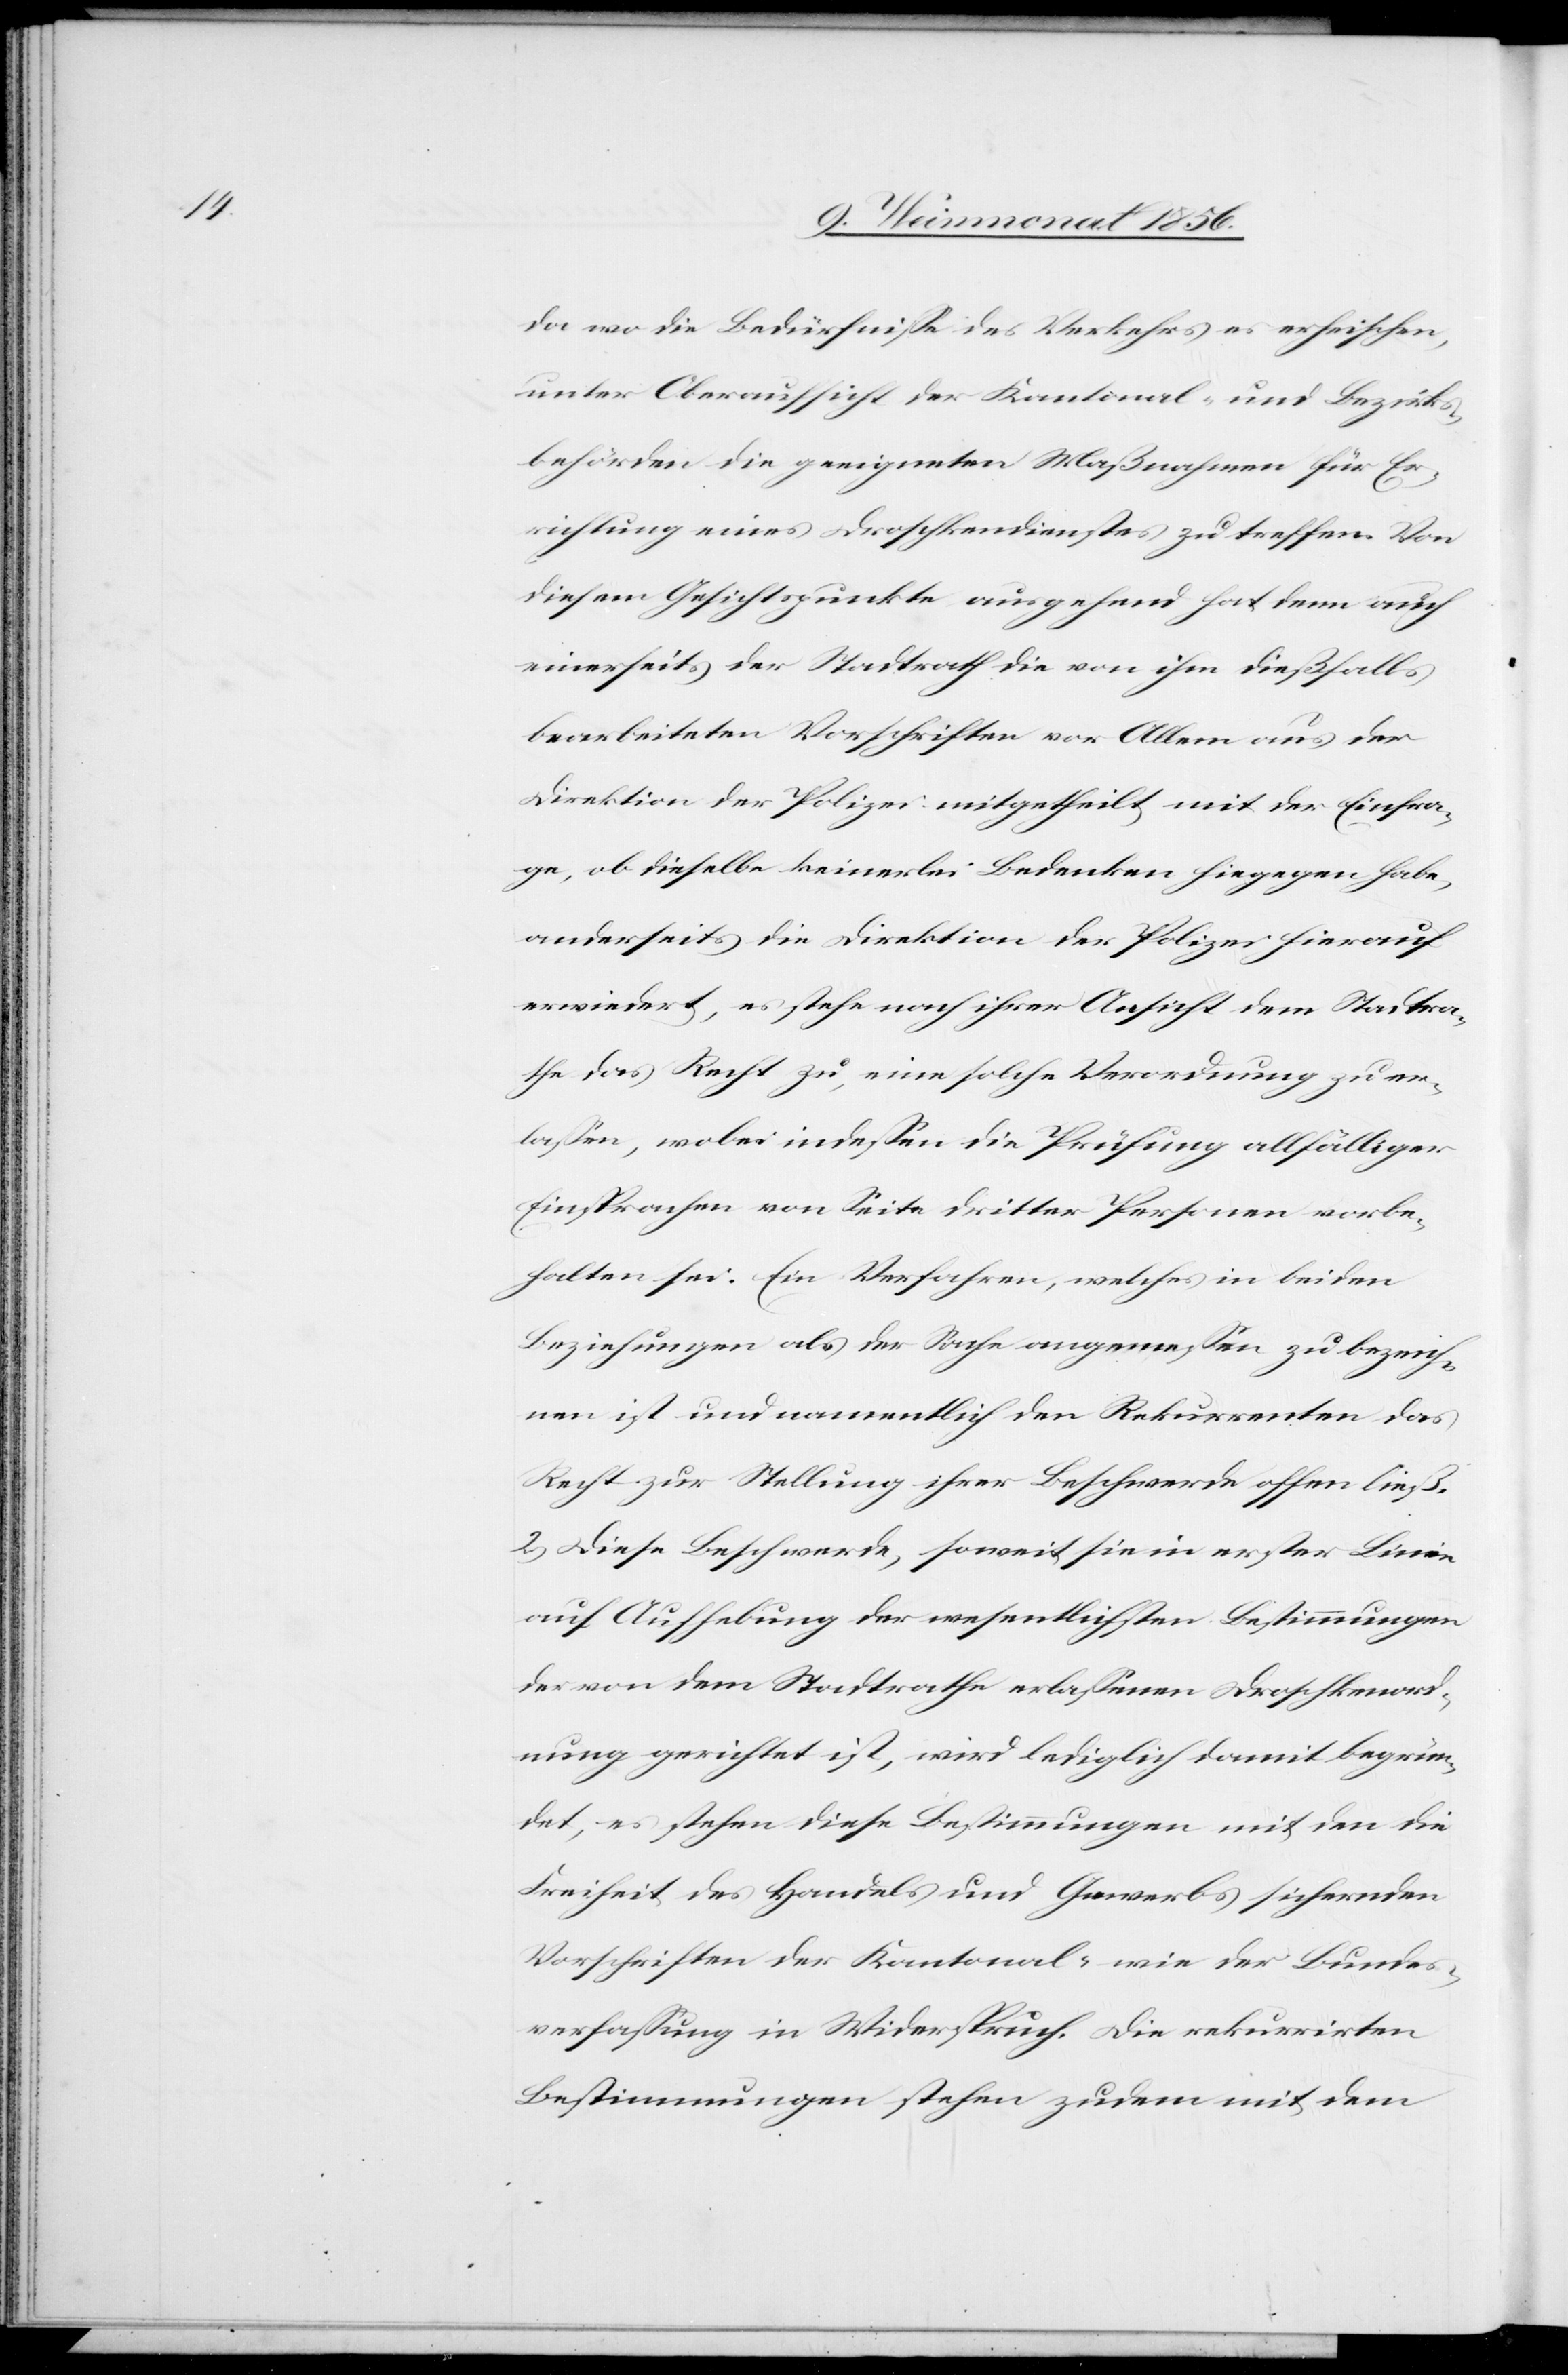
da wo die Bedürfnisse des Verkehrs es erheischen,
unter Oberaufsicht der Kantonal- und Bezirks¬
behörden die geeigneten Maßnahmen für Er¬
richtung eines Droschkendienstes zu treffen. Von
diesem Gesichtspunkte ausgehend hat denn auch
einerseits der Stadtrath die von ihm dießfalls
bearbeiteten Vorschriften vor Allem aus der
Direktion der Polizei mitgetheilt mit der Einfra¬
ge, ob dieselbe keinerlei Bedenken hiegegen habe,
anderseits die Direktion der Polizei hierauf
erwiedert, es stehe nach ihrer Ansicht dem Stadtra¬
the das Recht zu, eine solche Verordnung zu er¬
lassen, wobei indessen die Prüfung allfälliger
Einsprachen von Seite dritter Personen vorbe¬
halten sei. Ein Verfahren, welches in beiden
Beziehungen als der Sache angemessen zu bezeich¬
nen ist und namentlich den Rekurrenten das
Recht zur Stellung ihrer Beschwerde offen ließ.
2.) Diese Beschwerde, soweit sie in erster Linie
auf Aufhebung der wesentlichsten Bestimmungen
der von dem Stadtrathe erlassenen Droschkenord¬
nung gerichtet ist, wird lediglich damit begrün¬
det, es stehen diese Bestimmungen mit den die
Freiheit des Handels und Gewerbs sichernden
Vorschriften der Kantonal- wie der Bundes¬
verfassung in Widerspruch. Die rekurrirten
Bestimmungen stehen zudem mit dem